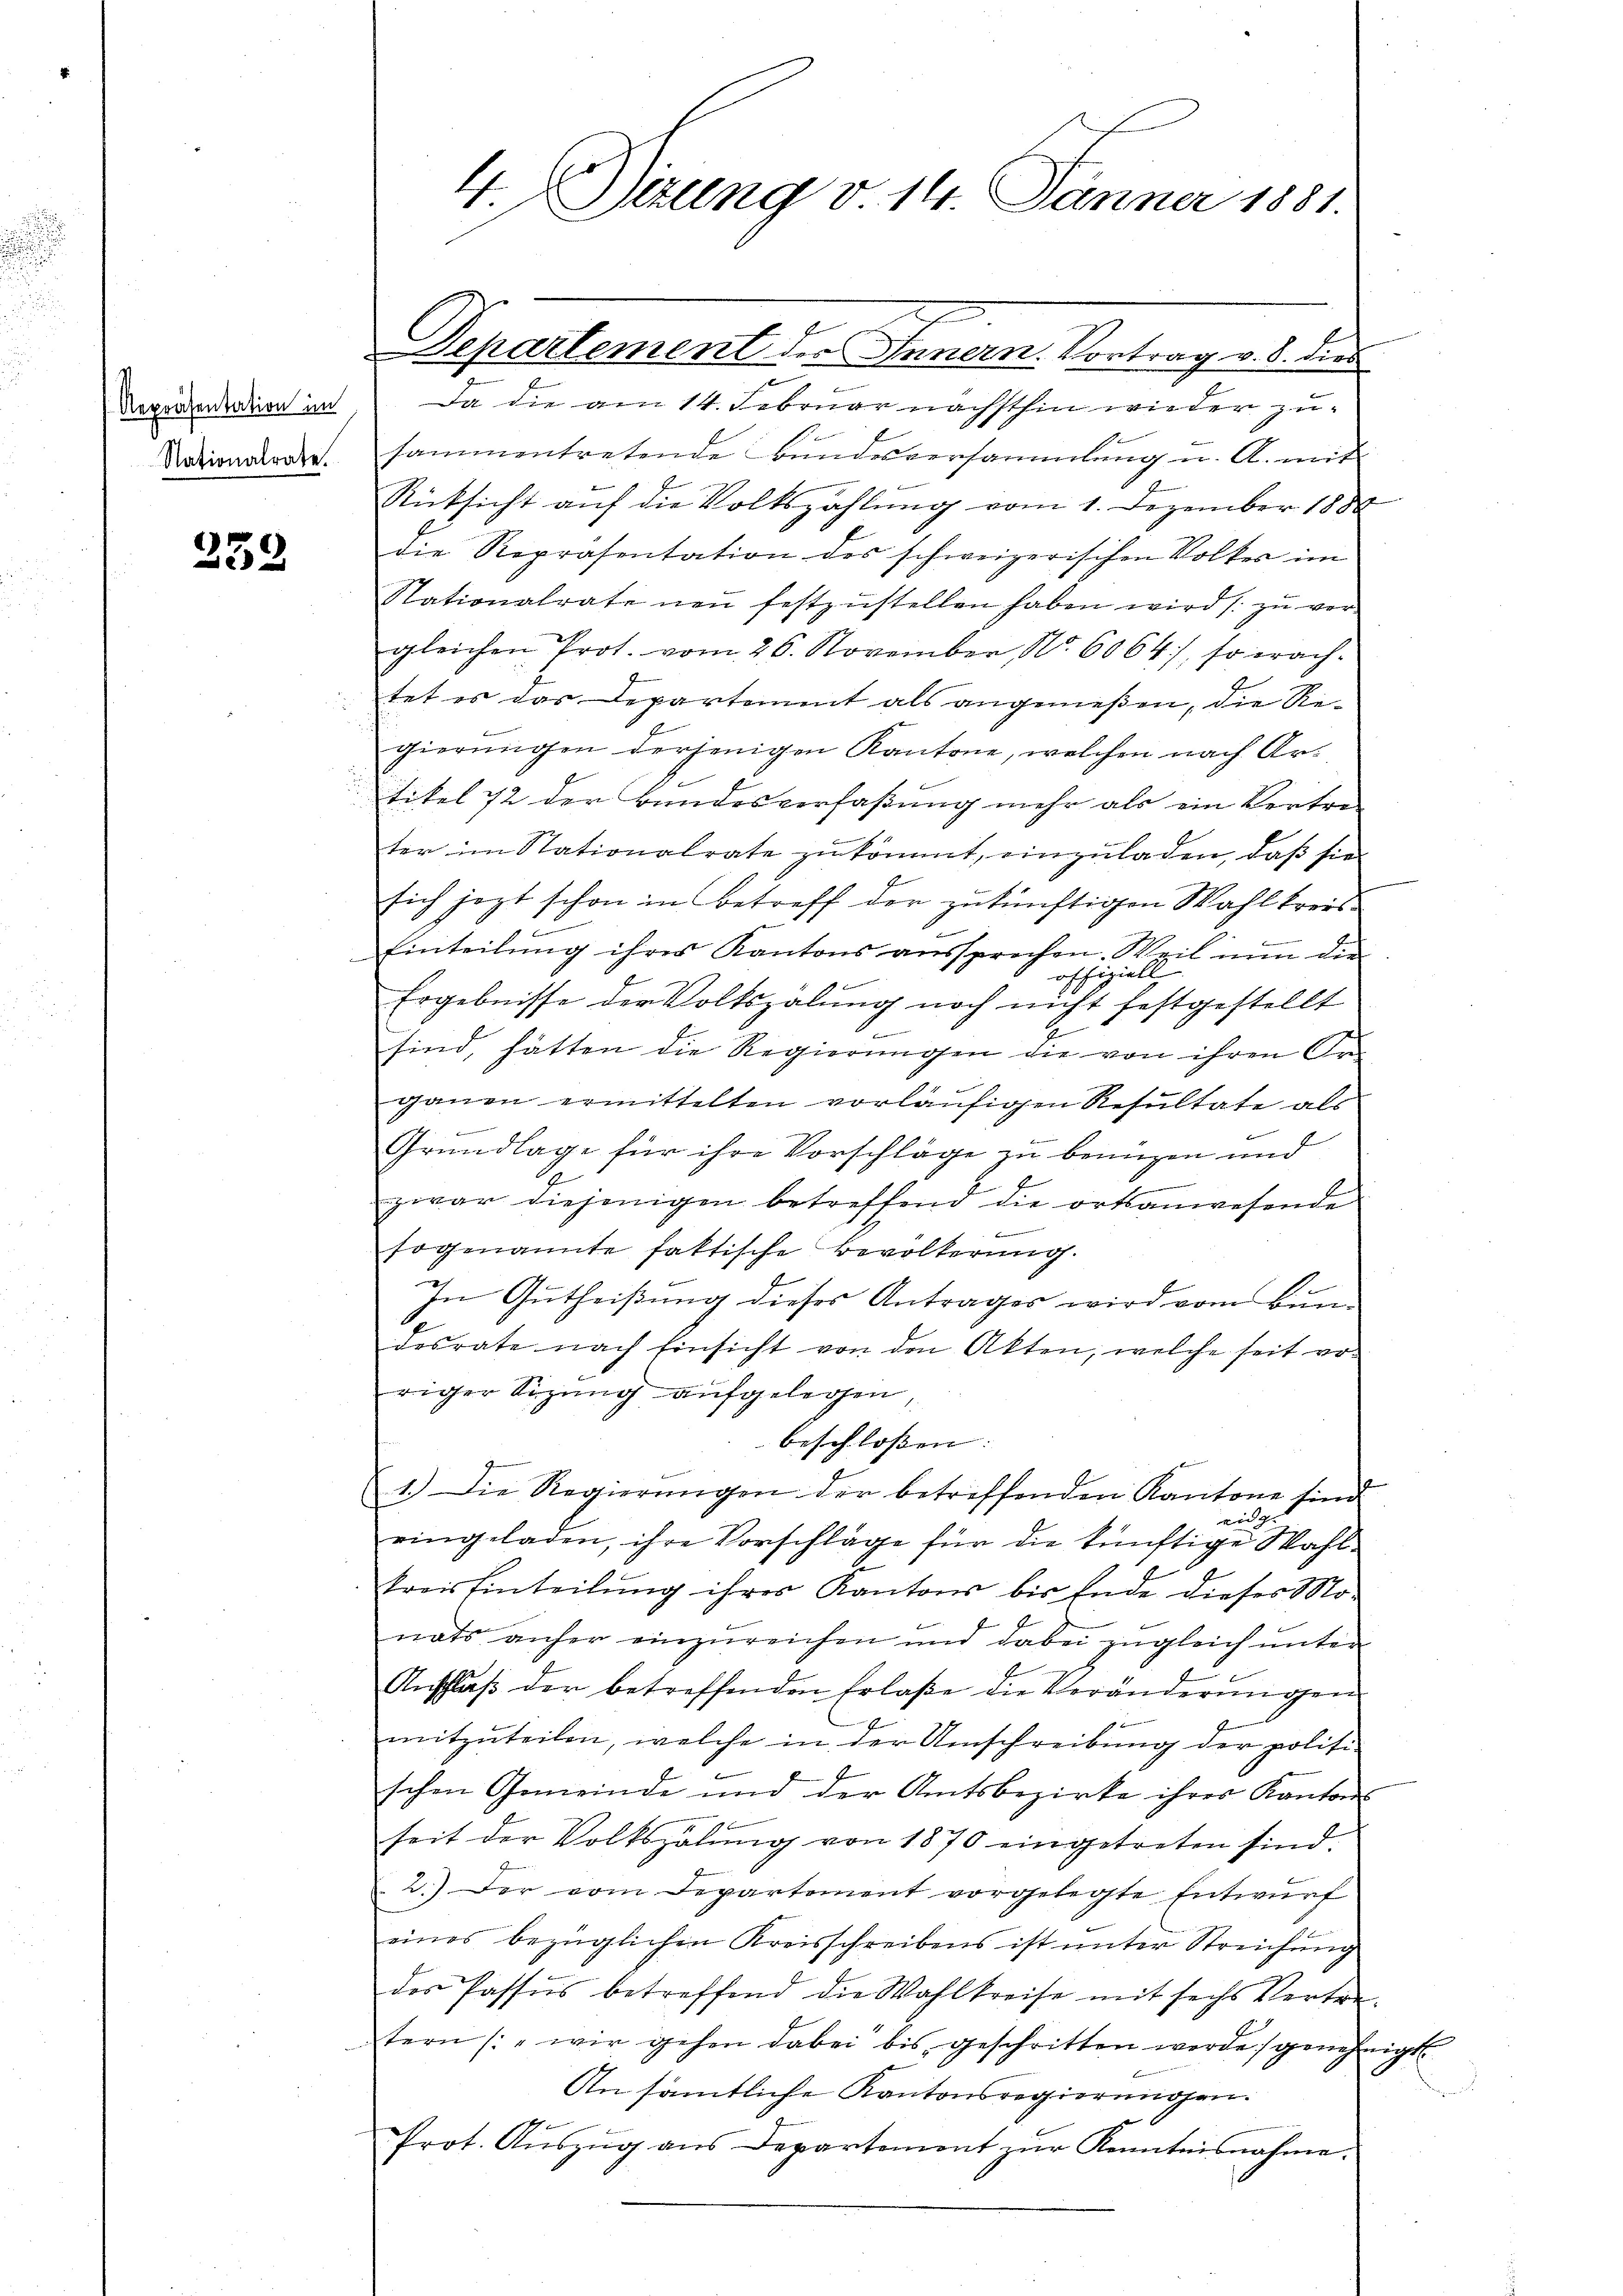
Nationalrate.

239

4. Dierung v. 14. Jänner 1881.

Departement der Innern. Vortrag v. 8. dies
e
Repräsentation im Da die am 14. Februar nächsthin wieder zusammentretende Bundesversammlung u. A. mit
Rücksicht auf die Volkszählung vom 1. Dezember 1888
die Repräsentation des schweizerischen Volkes im
Stationalrate neŭ festzŭstellen haben wird zŭ ver-
gleichen Prot. vom 26. November, No. 6064), so erach-
tet es das Departement als angenießen, die Regierungen derjenigen Kantone, welchen nach Artikel 12 der Bundesverfaßung mehr als ein Vertre-
ter im Stationalrate zŭkommt, einzŭladen, daß sie
sich jezt schon in Betreff der zukünftigen Wahlkreis
Einteilung ihres Kantons aussprechen. Weil nun die
offizielle
Ergebnisse der Volkszalung noch nicht festgestellt
7
sind, hätten die Regierungen die von ihren An-
ganen ermittelten vorläufigen Resultate als
Einreiniger ge
f
E
Grundlage für ihre Vorschläge zu benuzen und
e
zwar diejenigen betreffend die ortsanwesende
sogenannte faktische Bevölkerung.
In Gutheißung dieses Antrages wird vom Bun
desrate nach Einsicht von den Akten, welche seit von
riger Sizung aufgelegen,
beschlossen: |
werde
1.) Die Regierŭngen der betreffenden Kantone sind
eidg. |
eingeladen, ihre Vorschläge für die künftige Wahl-
trois hinteilŭng ihres Kantons bis Ende dieses Mo-
nats anher einzŭreichen und dabei zugleich unter
Anschluß der betreffenden Erlaße die Veränderungen
x
mitzuteilen, welche in der Umschreibung der politi-
schen Gemeinde und der Amtsbezirke ihres Kantons
seit der Volkszähŭng von 1870 eingetreten sind.
2.) Der vom Departement vorgelegte Entwurf
eines bezüglichen Kreisschreibens ist unter Streichung
des Passus betreffend die Wahlkreise mit sechs Vertretern (wir gehen dabei bis geschritten werde genehmigt.
An sämtliche Kantonsregierungen.
zu
Prot. Auszug aus Departement zŭr Kenntnisnahme.